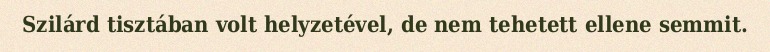
Szilárd tisztában volt helyzetével, de nem tehetett ellene semmit.